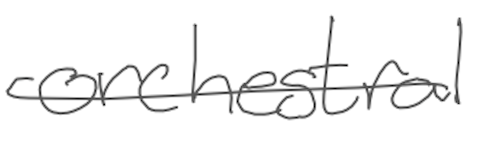
Text: orchestral
Cross-out: single-line
Writing tool: digital_gray